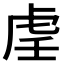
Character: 𫊟